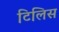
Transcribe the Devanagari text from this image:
टिलिस